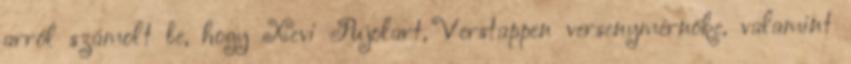
arról számolt be, hogy Xevi Pujolart, Verstappen versenymérnöke, valamint